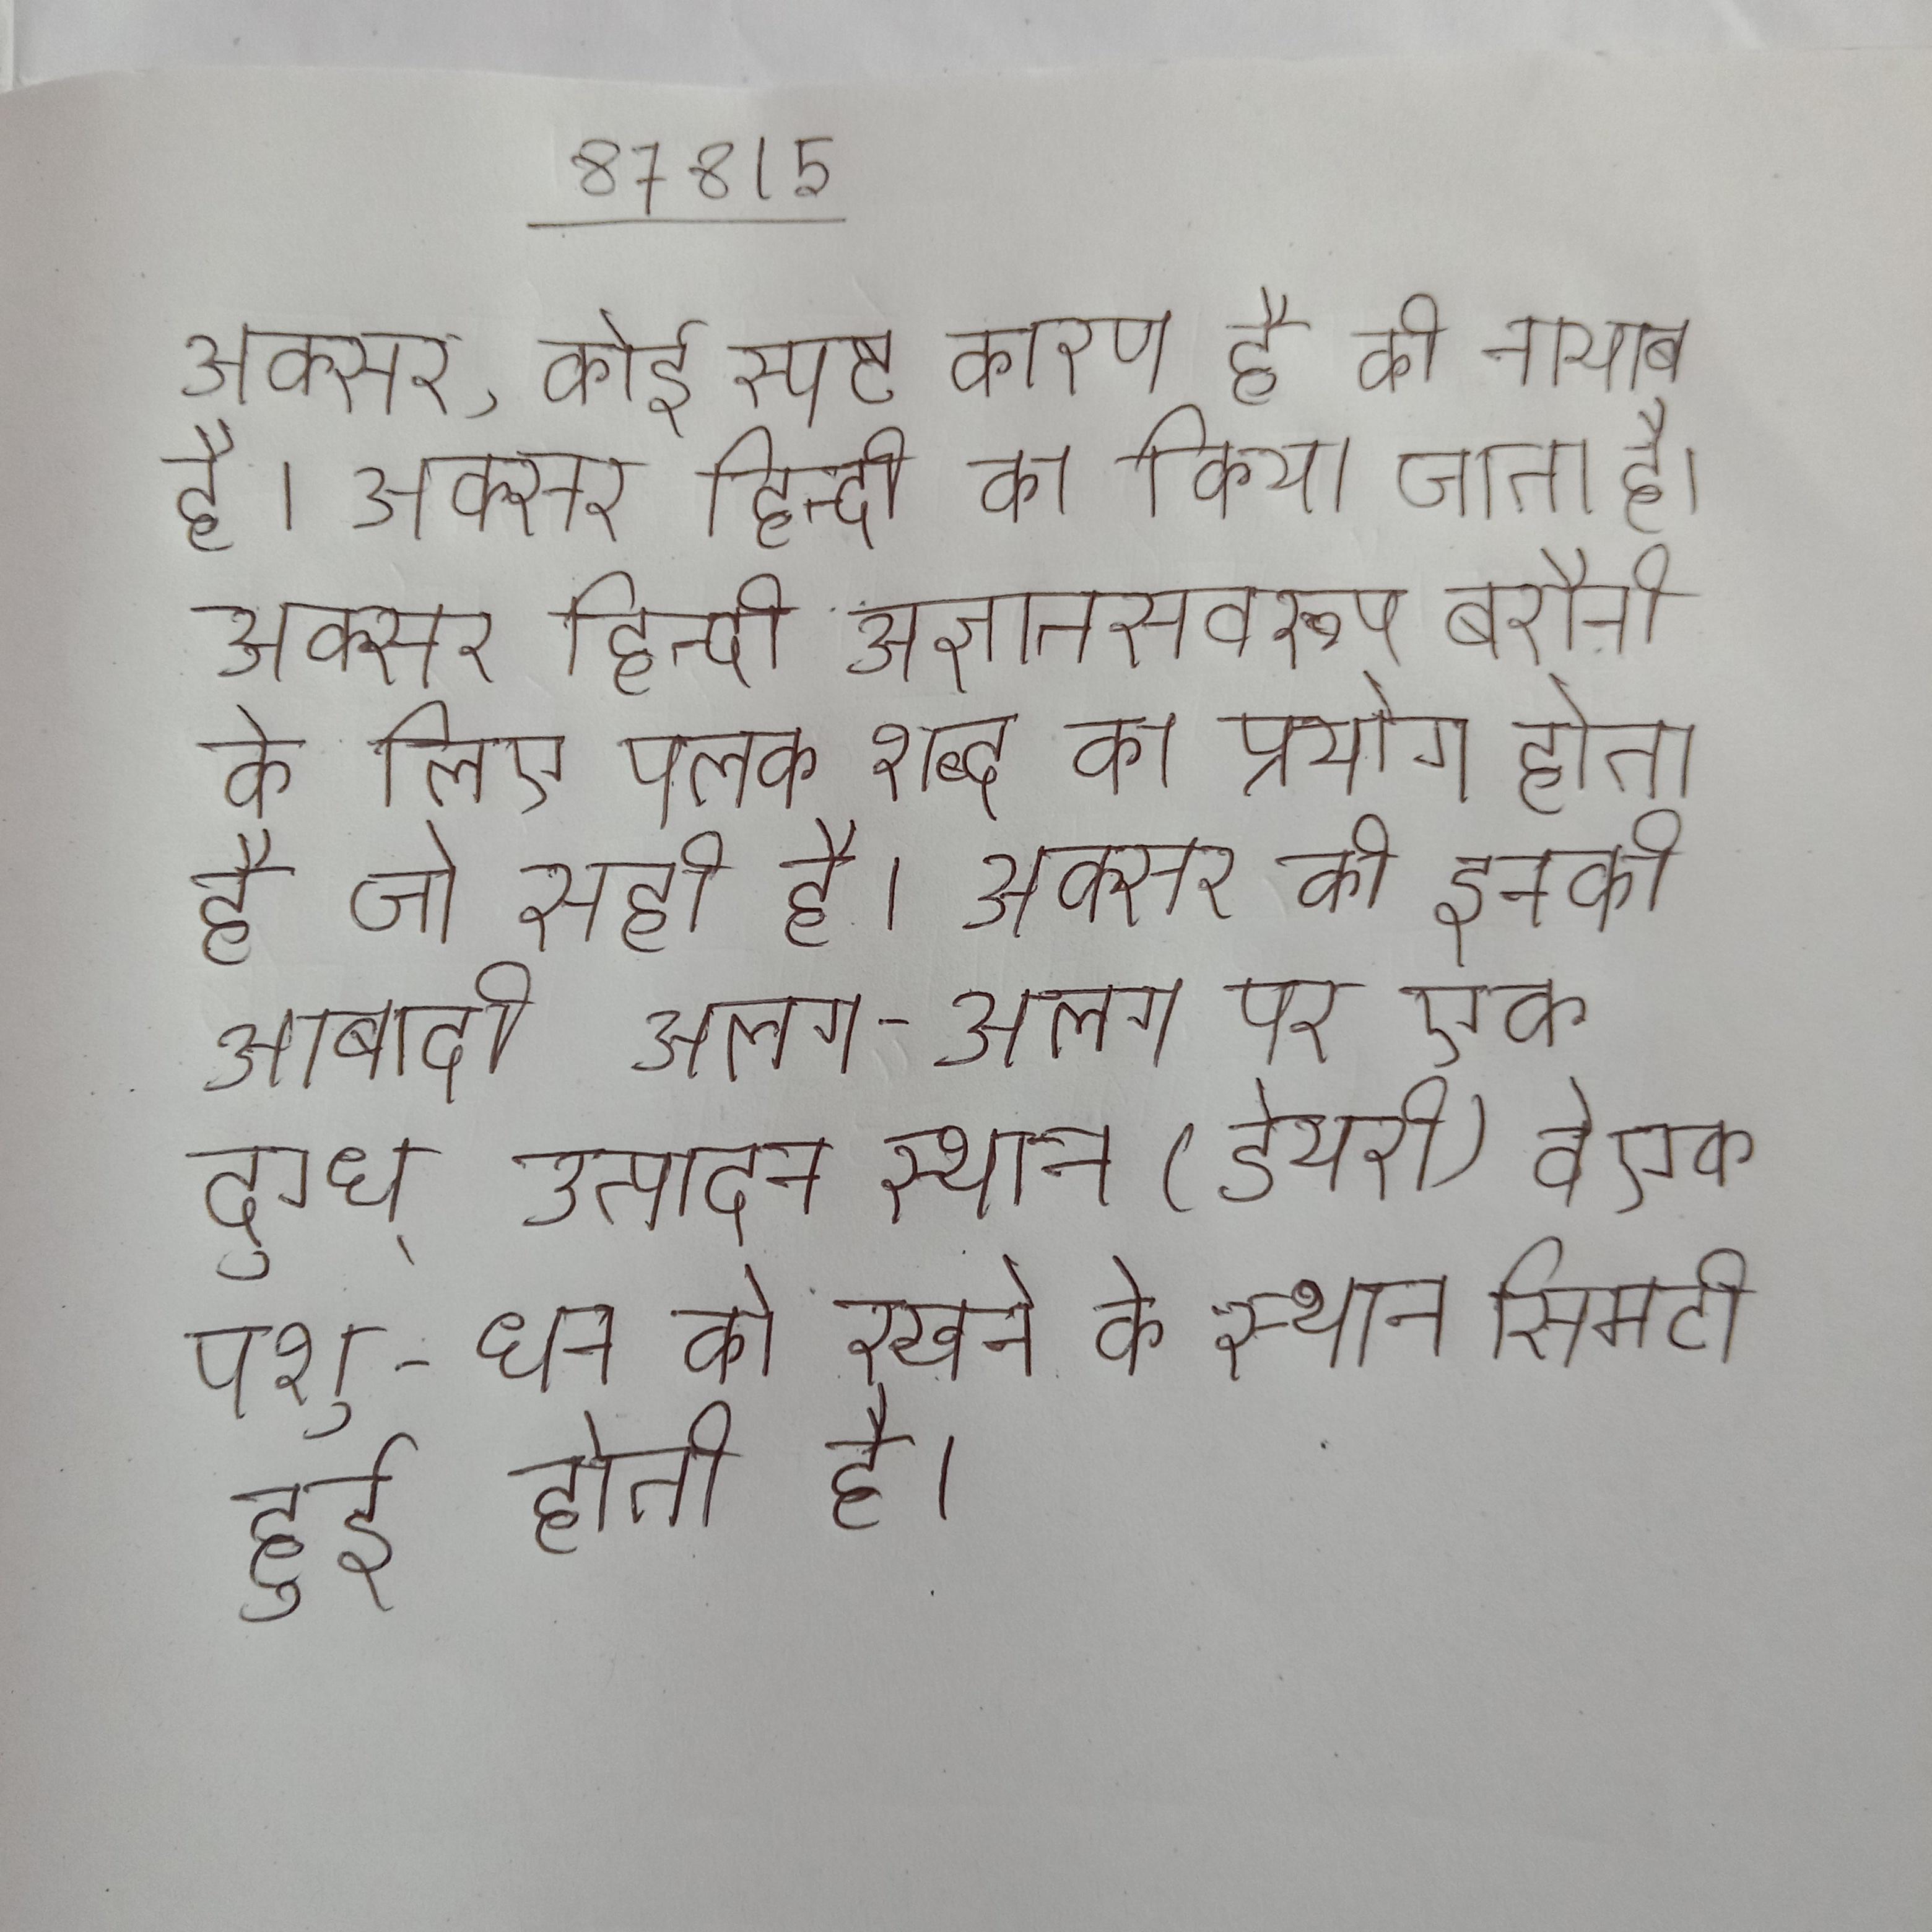
अक्सर, कोई स्पष्ट कारण है की नायाब है । अक्सर हिन्दी का किया जाता है । अक्सर हिन्दी अज्ञानसवरूप बरौनी के लिए पलक शब्द का प्रयोग होता है जो सही है । अक्सर ही इनकी आबादी अलग-अलग पर एक दुग्ध् उत्पादन स्थान (डेयरी) वे एक पशु-धन को रखने के स्थान सिमटी हुई होती है ।